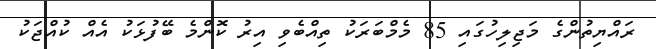
ރައްޔިތުންގެ މަޖިލިހުގައި 85 މެމްބަރަކު ތިއްބެވި އިރު ކޮންމެ ބޭފުޅަކު އެއް ކުއްޖަކު